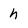
Character: h